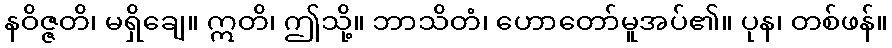
နဝိဇ္ဇတိ၊ မရှိချေ။ ဣတိ၊ ဤသို့။ ဘာသိတံ၊ ဟောတော်မူအပ်၏။ ပုန၊ တစ်ဖန်။